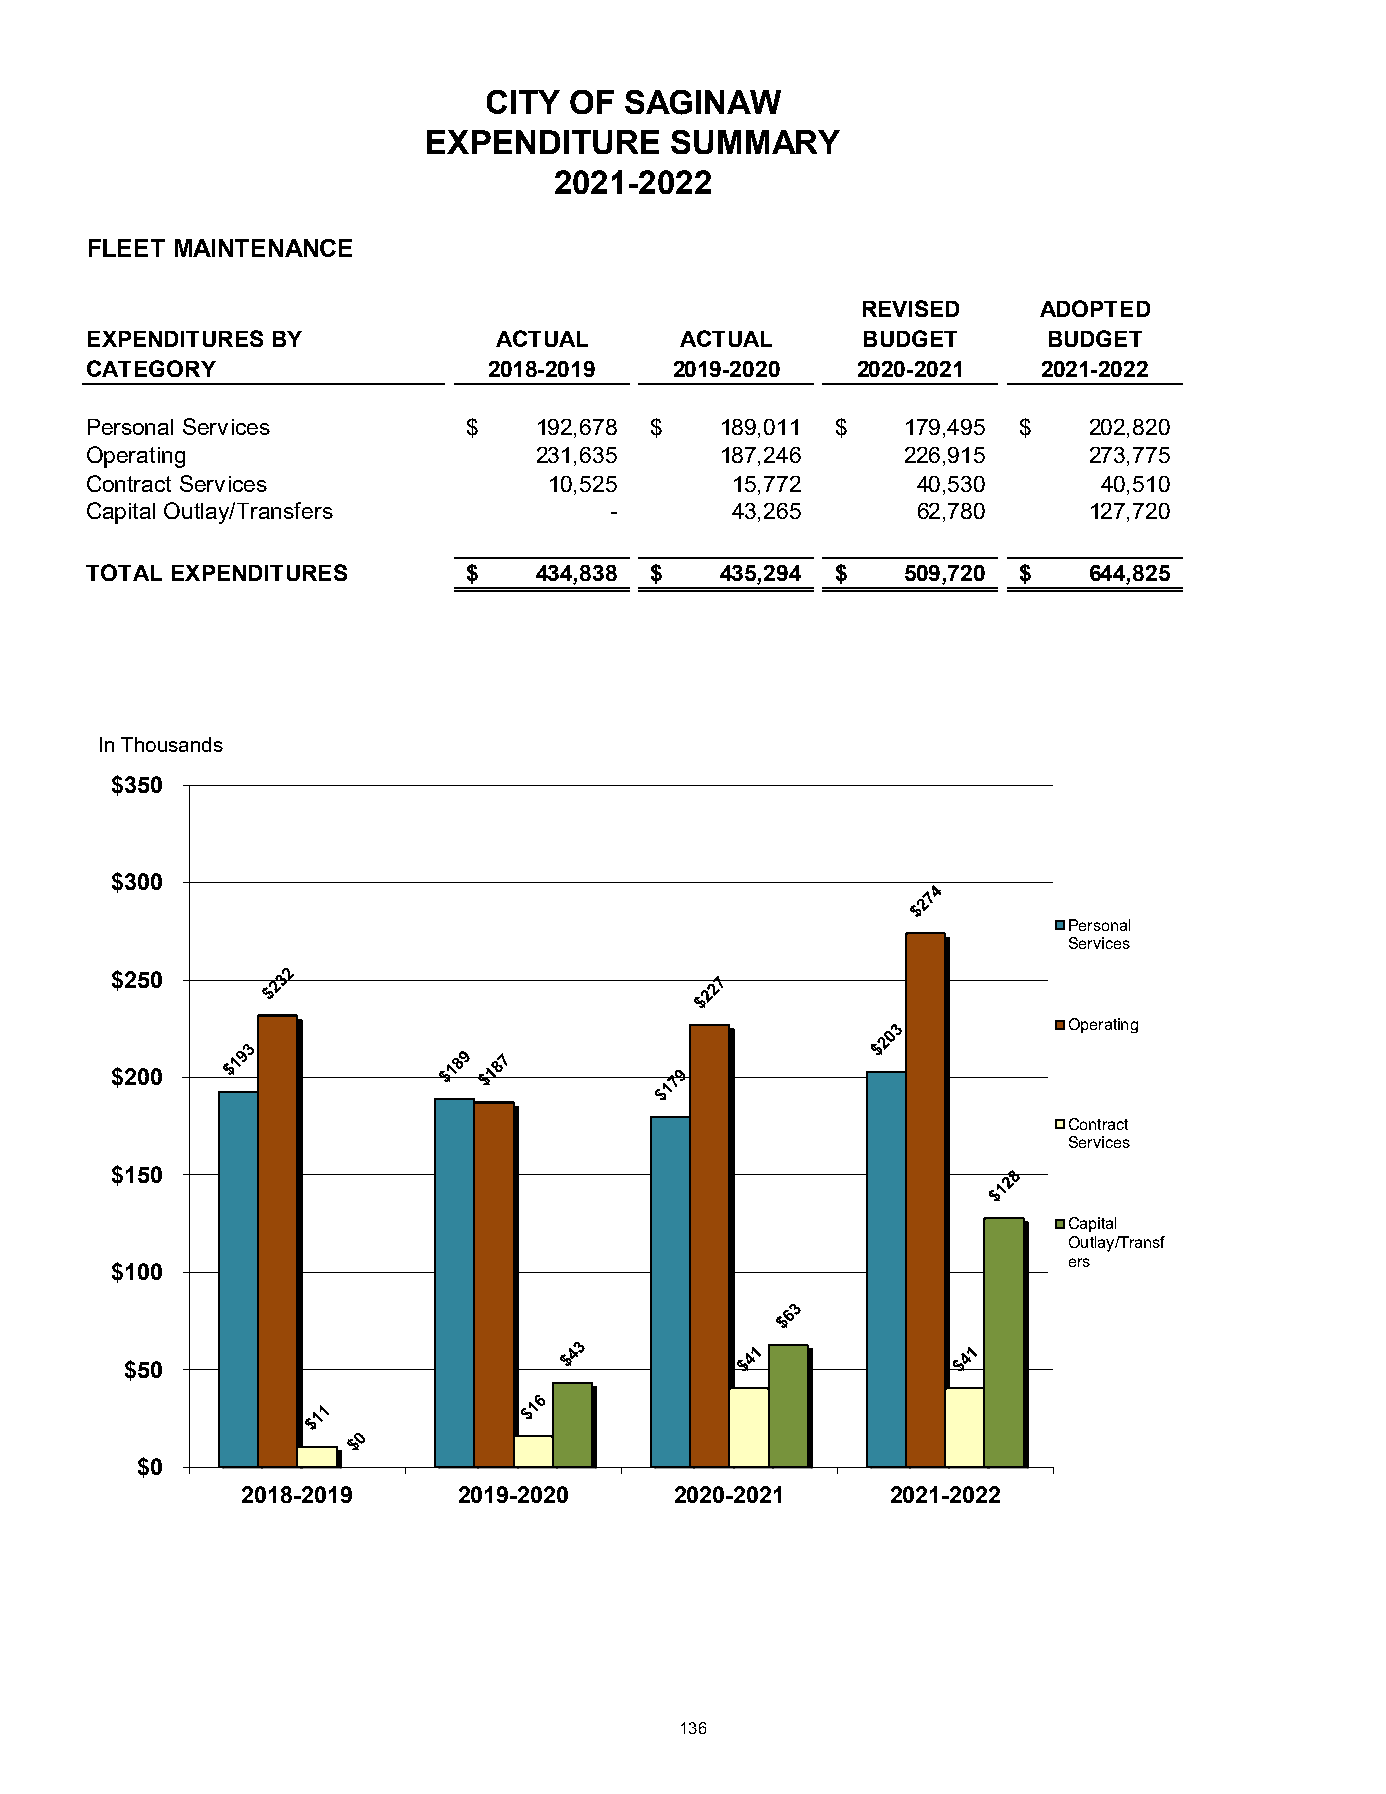
CITY  OF SAGINAW
 EXPENDITURE     SUMMARY
 2021-2022
 FLEET MAINTENANCE
 REVISED     ADOPTED
 EXPENDITURES BY            ACTUAL      ACTUAL      BUDGET      BUDGET
 CATEGORY                  2018-2019    2019-2020   2020-2021   2021-2022
 Personal Services        $   192,678 $    189,011 $   179,495 $   202,820
 Operating                    231,635      187,246     226,915     273,775
 Contract Services             10,525      15,772       40,530      40,510
 Capital Outlay/Transfers          -       43,265       62,780     127,720
 TOTAL EXPENDITURES       $   434,838 $    435,294 $   509,720 $   644,825
 In Thousands
 $350
 $300
 Personal
 Services
 $250
 Operating
 $200
 Contract
 Services
 $150
 Capital
 Outlay/Transf
 ers
 $100
 $50
 $0
 2018-2019     2019-2020      2020-2021     2021-2022
 136